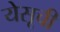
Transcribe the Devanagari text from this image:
येसूची